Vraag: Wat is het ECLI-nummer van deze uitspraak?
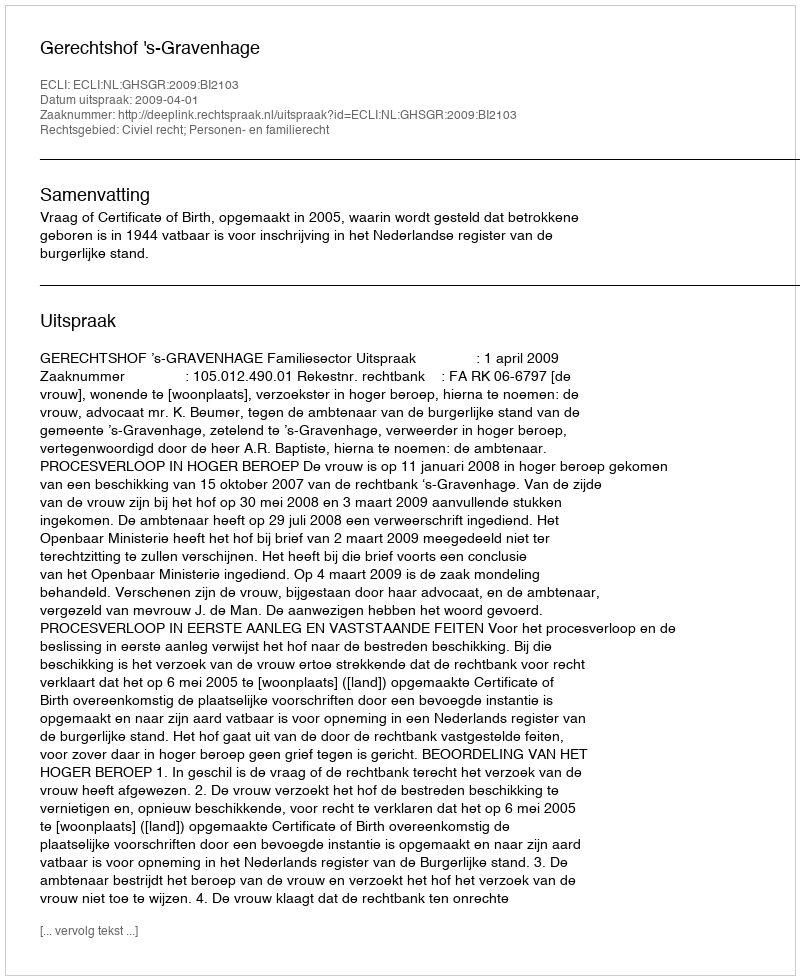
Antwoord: ECLI:NL:GHSGR:2009:BI2103